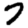
Digit: 7